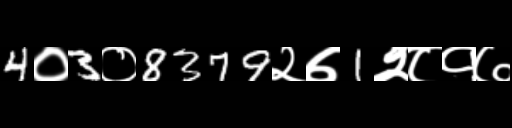
Text: 4०3०8379२७1२८१७